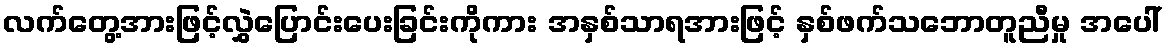
လက်တွေ့အားဖြင့်လွှဲပြောင်းပေးခြင်းကိုကား အနှစ်သာရအားဖြင့် နှစ်ဖက်သဘောတူညီမှု အပေါ်